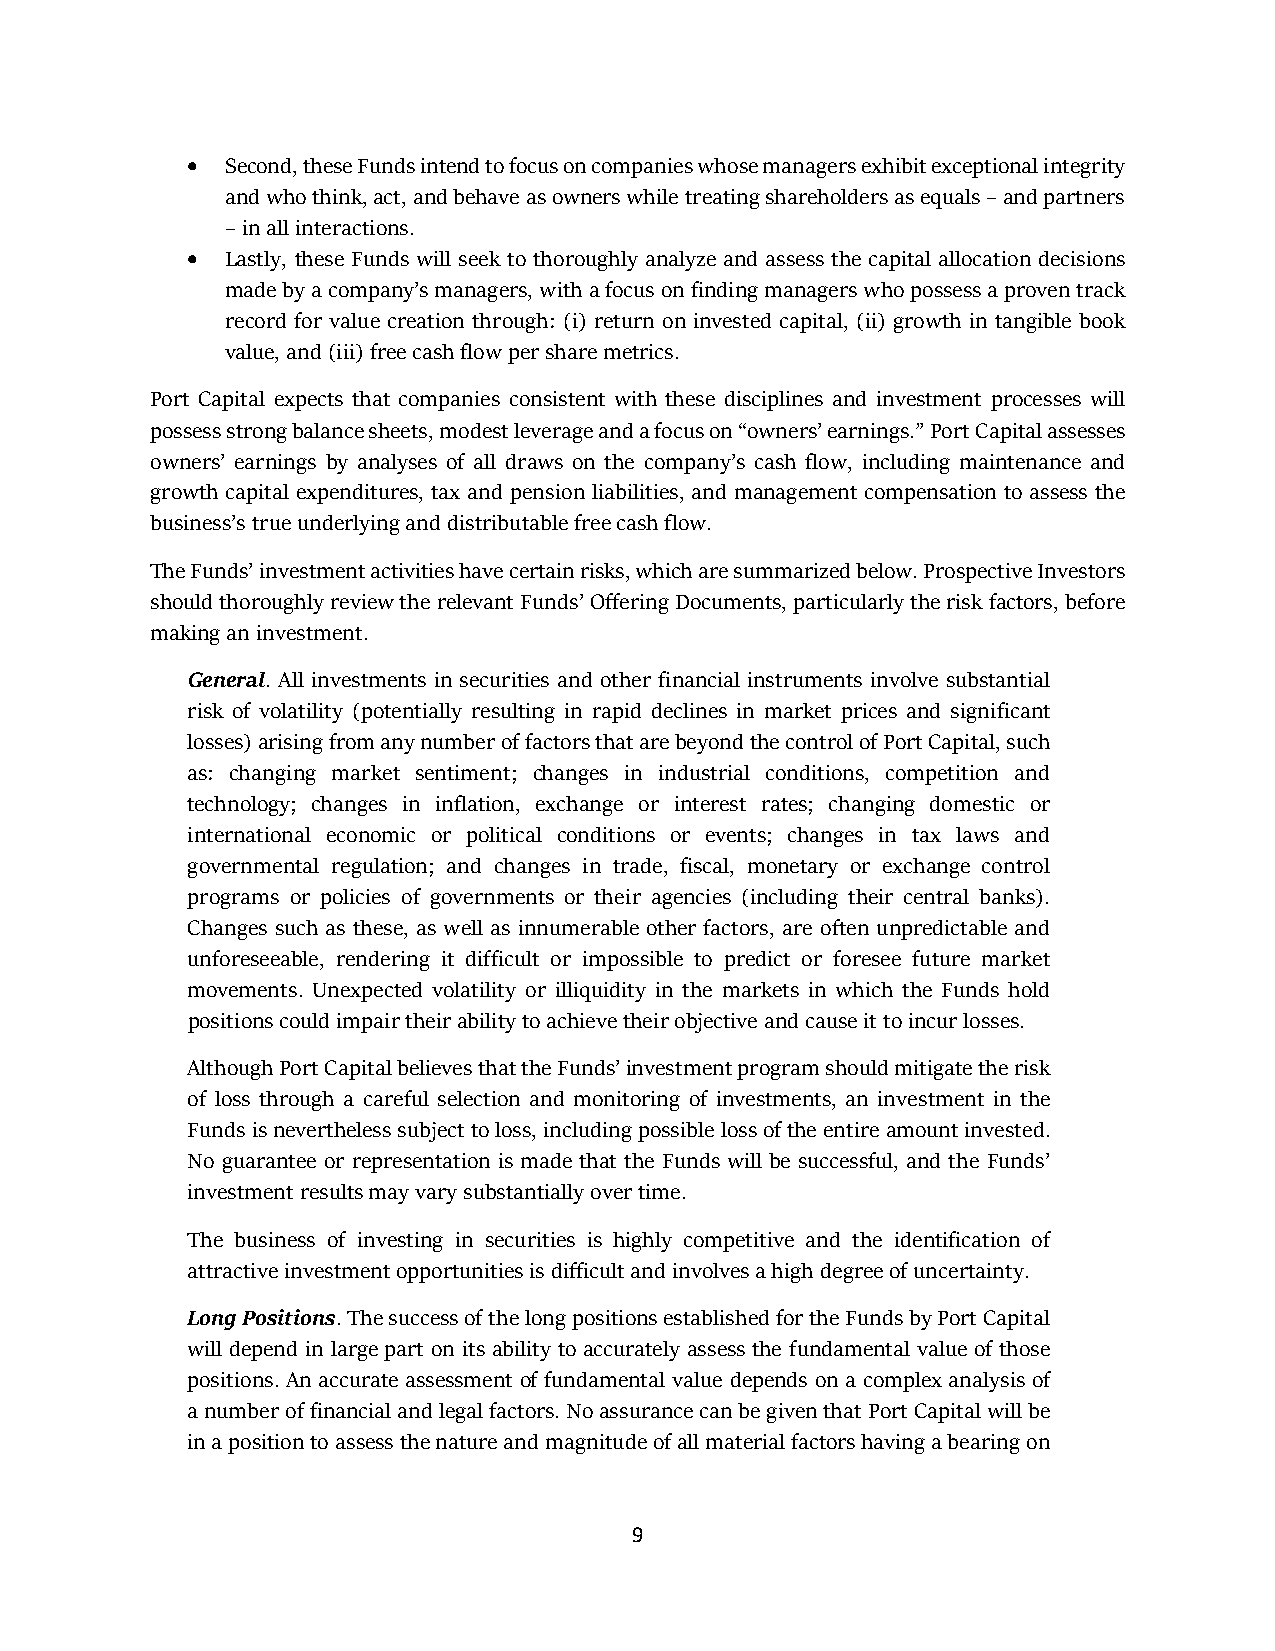
•  Second, these Funds intend to focus on companies whose managers exhibit exceptional integrity
 and who think, act, and behave as owners while treating shareholders as equals – and partners
 – in all interactions.
 •  Lastly, these Funds will seek to thoroughly analyze and assess the capital allocation decisions
 made by a company’s managers, with a focus on finding managers who possess a proven track
 record for value creation through: (i) return on invested capital, (ii) growth in tangible book
 value, and (iii) free cash flow per share metrics.
 Port Capital expects that companies consistent with these disciplines and investment processes will
 possess strong balance sheets, modest leverage and a focus on “owners’ earnings.” Port Capital assesses
 owners’ earnings by analyses of all draws on the company’s cash flow, including maintenance and
 growth capital expenditures, tax and pension liabilities, and management compensation to assess the
 business’s true underlying and distributable free cash flow.
 The Funds’ investment activities have certain risks, which are summarized below. Prospective Investors
 should thoroughly review the relevant Funds’ Offering Documents, particularly the risk factors, before
 making an investment.
 General. All investments in securities and other financial instruments involve substantial
 risk of volatility (potentially resulting in rapid declines in market prices and significant
 losses) arising from any number of factors that are beyond the control of Port Capital, such
 as: changing market sentiment; changes in industrial conditions, competition and
 technology; changes in inflation, exchange or interest rates; changing domestic or
 international economic or political conditions or events; changes in tax laws and
 governmental regulation; and changes in trade, fiscal, monetary or exchange control
 programs or policies of governments or their agencies (including their central banks).
 Changes such as these, as well as innumerable other factors, are often unpredictable and
 unforeseeable, rendering it difficult or impossible to predict or foresee future market
 movements. Unexpected volatility or illiquidity in the markets in which the Funds hold
 positions could impair their ability to achieve their objective and cause it to incur losses.
 Although Port Capital believes that the Funds’ investment program should mitigate the risk
 of loss through a careful selection and monitoring of investments, an investment in the
 Funds is nevertheless subject to loss, including possible loss of the entire amount invested.
 No guarantee or representation is made that the Funds will be successful, and the Funds’
 investment results may vary substantially over time.
 The business of investing in securities is highly competitive and the identification of
 attractive investment opportunities is difficult and involves a high degree of uncertainty.
 Long Positions. The success of the long positions established for the Funds by Port Capital
 will depend in large part on its ability to accurately assess the fundamental value of those
 positions. An accurate assessment of fundamental value depends on a complex analysis of
 a number of financial and legal factors. No assurance can be given that Port Capital will be
 in a position to assess the nature and magnitude of all material factors having a bearing on
 9